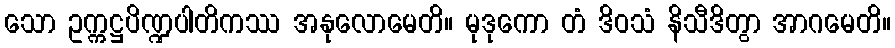
သော ဥက္ကဋ္ဌပိဏ္ဍပါတိကဿ အနုလောမေတိ။ မုဒုကော တံ ဒိဝသံ နိသီဒိတွာ အာဂမေတိ။